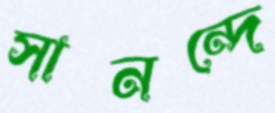
সানন্দে